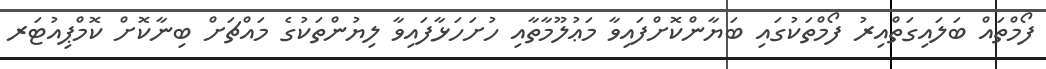
ފޯމްތައް ބަލައިގަތްއިރު ފޯމްތަކުގައި ބަޔާންކޮށްފައިވާ މަޢުލޫމާތާއި ހުށަހަޅާފައިވާ ލިޔުންތަކުގެ މައްޗަށް ބިނާކޮށް ކޮމްޕިއުޓަރ